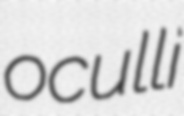
oculli